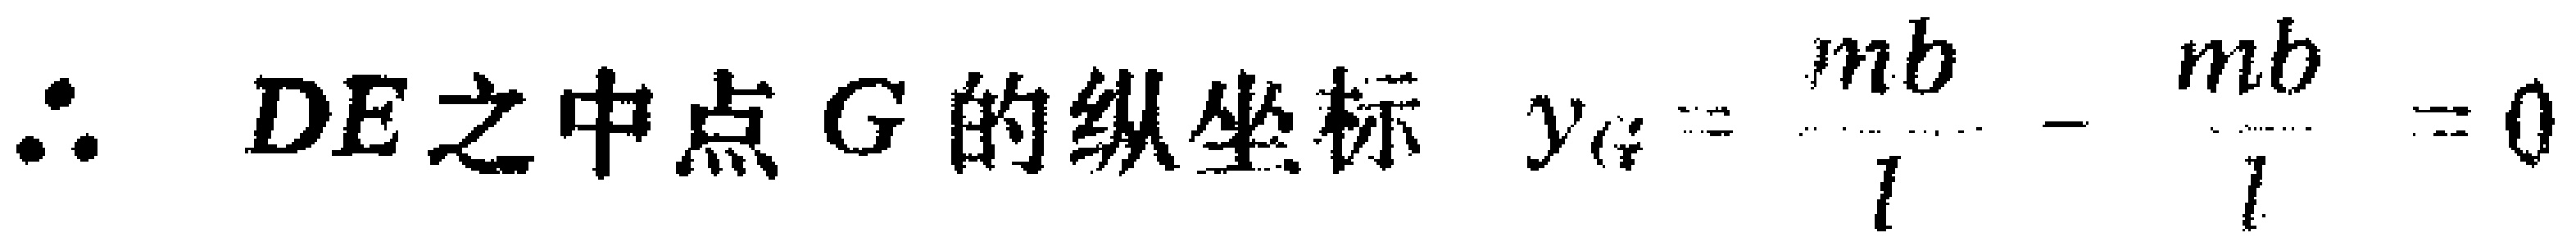
\(\therefore DE之中点G的纵坐标\ y_{G}=\frac{mb}{l}-\frac{mb}{l}=0\)